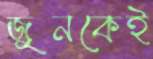
জুনকেই